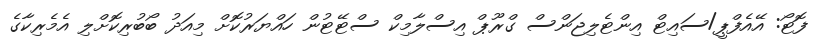
ފޮޓޯ: އޭއެފްޕީ/ސައިޓް އިންޓެލިޖަންސް ގްރޫޕް އިސްލާމިކް ސްޓޭޓުން ހައްޔަރުކޮށް މިއަދު ބޯބުރިކޮށްލި އެމެރިކާގެ